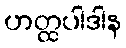
ဟတ္ထပါဒါန